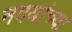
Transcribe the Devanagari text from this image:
नदयांच्या